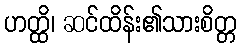
ဟတ္ထိ၊ ဆင်ထိန်း၏သားစိတ္တ